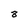
Character: 8